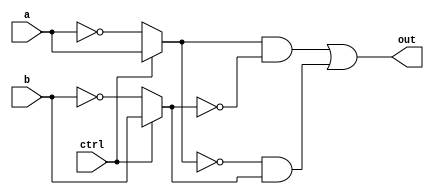
module xor_pass_gate(input a, input b, input ctrl, output out);
    wire p, q, not_p, not_q;
    
    assign p = (ctrl == 1) ? a : ~a;
    assign q = (ctrl == 1) ? b : ~b;
    assign not_p = ~p;
    assign not_q = ~q;
    
    assign out = p & not_q | not_p & q;
endmodule